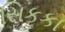
સિકકા